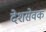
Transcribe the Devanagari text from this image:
देशसेवक